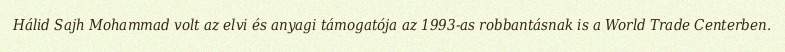
Hálid Sajh Mohammad volt az elvi és anyagi támogatója az 1993-as robbantásnak is a World Trade Centerben.